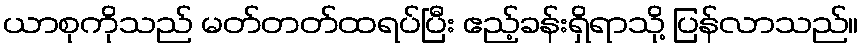
ယာစုကိုသည် မတ်တတ်ထရပ်ပြီး ဧည့်ခန်းရှိရာသို့ ပြန်လာသည်။